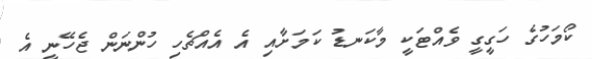
ކޯމަހުގެ ހަގީގީ ވެއްޓަކީ މާކަނޑު ކަމަށާއި އެ އެއްޗެހި ހުންނަން ޖެހޭނީ އެ